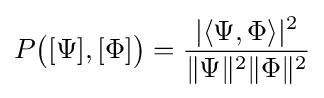
P{\big (}[\Psi ],[\Phi ]{\big )}={\frac {|\langle \Psi ,\Phi \rangle |^{2}}{\lVert \Psi \rVert ^{2}\lVert \Phi \rVert ^{2}}}